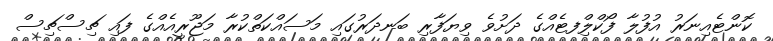
ކޮންޓެއިނަރު އުފުލާ ފޯކްލިްފޓެއްގެ ދަށުވެ ވިޔަފާރި ބަނދަރުގައި މަސައްކަތްކުރާ މަޖޫރީއެއްގެ ފައި ޗިސްޗިސް